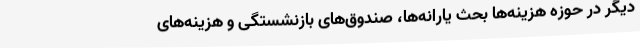
دیگر در حوزه هزینه‌ها بحث یارانه‌ها، صندوق‌های بازنشستگی و هزینه‌های